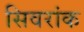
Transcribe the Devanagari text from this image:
सिवरांक